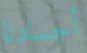
أجسادنا